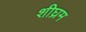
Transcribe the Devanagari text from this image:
शीघ्रम